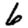
Digit: 6